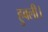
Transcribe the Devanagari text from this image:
हुबली।